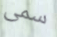
سمى